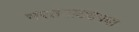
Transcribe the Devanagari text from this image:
भरतनाट्यमचा